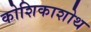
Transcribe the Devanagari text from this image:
कोशिकाशोथ